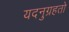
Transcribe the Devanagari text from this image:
यदनुग्रहतो